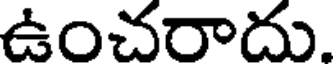
ఉంచరాదు.